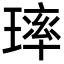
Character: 㻭